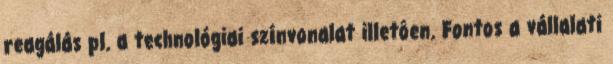
reagálás pl. a technológiai színvonalat illetôen. Fontos a vállalati